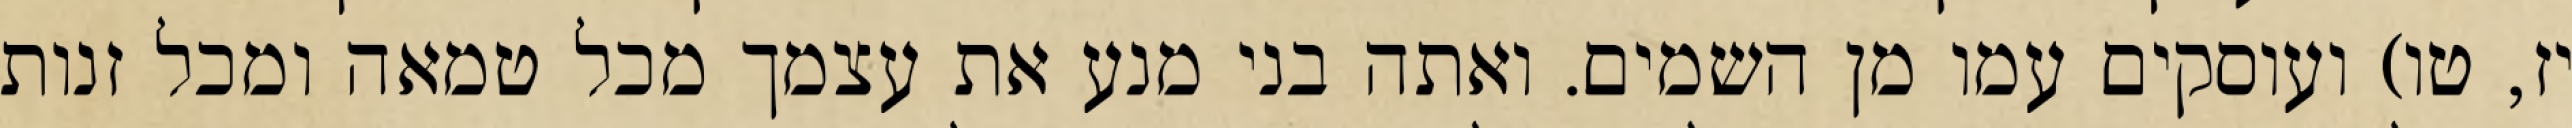
יז, טו) ועוסקים עמו מן השמים. ואתה בני מנע את עצמך מכל טמאה ומכל זנות